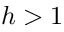
h > 1